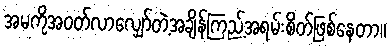
အမကိုအဝတ်လာလျှော်တဲ့အချိန်ကြည့်အရမ်းစိတ်ဖြစ်နေတာ။